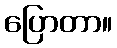
ပြောတာ။